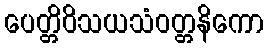
ပေတ္တိဝိသယသံဝတ္တနိကော